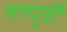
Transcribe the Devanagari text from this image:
तत्‍पुर्वी